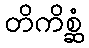
တိကိစ္ဆံ